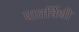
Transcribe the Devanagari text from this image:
प्रातर्विधी